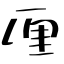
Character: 厘